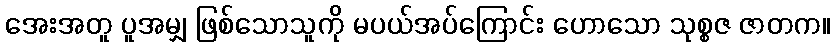
အေးအတူ ပူအမျှ ဖြစ်သောသူကို မပယ်အပ်ကြောင်း ဟောသော သုစ္စဇ ဇာတက။